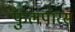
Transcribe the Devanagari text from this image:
फुलपारस